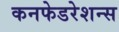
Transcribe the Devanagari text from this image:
कनफेडरेशन्स